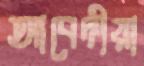
আবেদীয়া